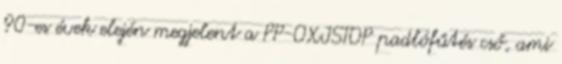
90-es évek elején megjelent a PP-OXISTOP padlófűtés cső, ami